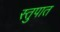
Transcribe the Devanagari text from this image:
स्तुपात